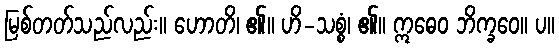
မြစ်တတ်သည်လည်း။ ဟောတိ၊ ၏။ ဟိ-သစ္စံ၊ ၏။ ဣဓေဝ ဘိက္ခဝေ။ ပ။